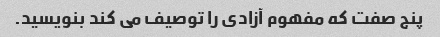
پنج صفت که مفهوم آزادی را توصیف می کند بنویسید.